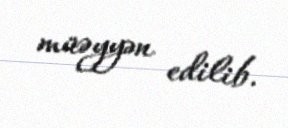
müəyyən edilib.